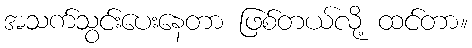
အသက်သွင်းပေးနေတာ ဖြစ်တယ်လို့ ထင်တာ။